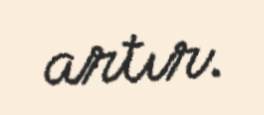
artır.